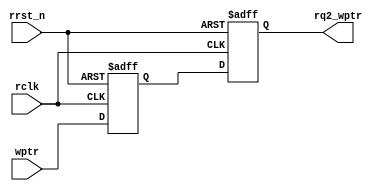
// distributed under the mit license
// https://opensource.org/licenses/mit-license.php

`timescale 1 ns / 1 ps
`default_nettype none

module sync_w2r

    #(
    parameter ASIZE = 4
    )(
    input  wire              rclk,
    input  wire              rrst_n,
    output reg  [ASIZE:0] rq2_wptr,
    input  wire [ASIZE:0] wptr
    );

    reg [ASIZE:0] rq1_wptr;

    always @(posedge rclk or negedge rrst_n) begin

        if (!rrst_n)
            {rq2_wptr,rq1_wptr} <= 0;
        else
            {rq2_wptr,rq1_wptr} <= {rq1_wptr,wptr};

    end

endmodule

`resetall